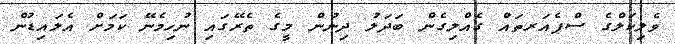
ވެލިކަލްގެ ސްޕެއަރތައް ގެއްލިގެން ބަދަލު ދިނުން މީގެ ތެެރޭގައި ނުހިމެނޭ ކަމަށް އެލައިޑުން